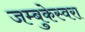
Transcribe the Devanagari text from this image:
जम्बुकेस्वरा